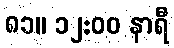
၈၁။ ၁၂:၀၀ နာရီ